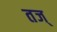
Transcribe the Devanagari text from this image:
तज्